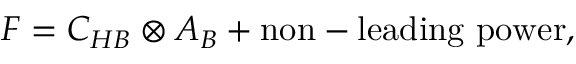
F = C _ { H B } \otimes A _ { B } + \mathrm { n o n - l e a d i n g ~ p o w e r } ,